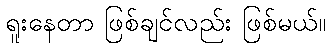
ရူးနေတာ ဖြစ်ချင်လည်း ဖြစ်မယ်။